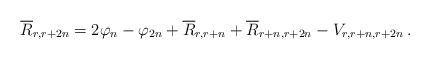
LaTeX: \begin{align*}\overline{R}_{r,r+2n} & =2 \varphi_{n} - \varphi_{2n} + \overline{R}_{r,r+n} + \overline{R}_{r+n,r+2n} - V_{r,r+n,r+2n} \,.\end{align*}